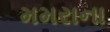
મમરાના